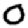
Digit: 0